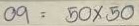
09 = 50 x 50